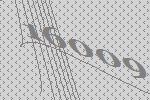
16009